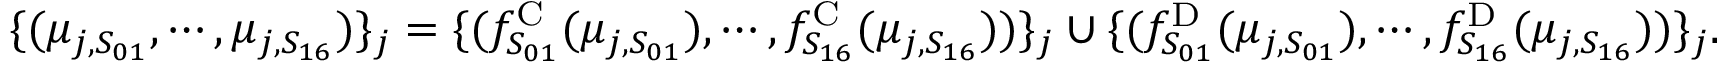
\begin{array} { r } { \{ ( \mu _ { j , S _ { 0 1 } } , \cdots , \mu _ { j , S _ { 1 6 } } ) \} _ { j } = \{ ( f _ { S _ { 0 1 } } ^ { \mathrm { C } } ( \mu _ { j , S _ { 0 1 } } ) , \cdots , f _ { S _ { 1 6 } } ^ { \mathrm { C } } ( \mu _ { j , S _ { 1 6 } } ) ) \} _ { j } \cup \{ ( f _ { S _ { 0 1 } } ^ { \mathrm { D } } ( \mu _ { j , S _ { 0 1 } } ) , \cdots , f _ { S _ { 1 6 } } ^ { \mathrm { D } } ( \mu _ { j , S _ { 1 6 } } ) ) \} _ { j } . } \end{array}